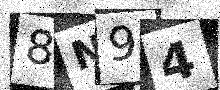
Text: 8N94